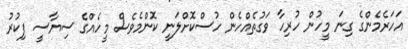
އަހަރެމެންގެ ގިނަ މީހުން ހުރިހާ ވަގުތެއްހެން ހުސްކޮށްލަނީ ކޮންމެވެސް މީހެއްގެ ސިޔާސީ ފިކުރު